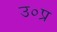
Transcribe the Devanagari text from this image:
उ०प्र